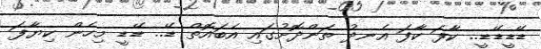
ޑޭޑީޑޭޑީ.. ކާފަ ކާފަ އެނދު ތަންދޮށުގައި އެބައޮތް ޑޭ.. ޑޭޑީ މިހެން ކިޔާފަ